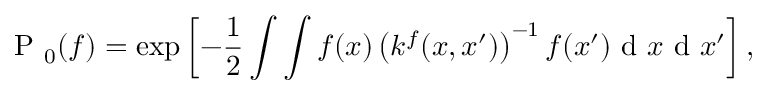
\mathrm { ~ P ~ } _ { 0 } ( { f } ) = \exp \left[ - \frac { 1 } { 2 } \int \int f ( x ) \left( k ^ { f } ( x , x ^ { \prime } ) \right) ^ { - 1 } f ( x ^ { \prime } ) \mathrm { ~ d ~ } x \mathrm { ~ d ~ } x ^ { \prime } \right] ,